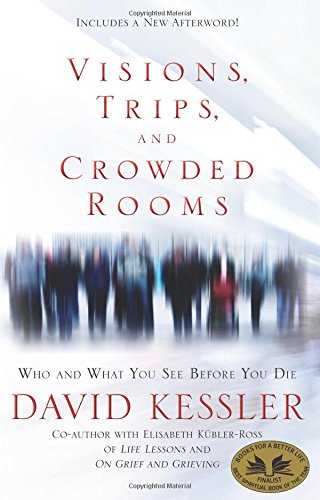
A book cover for Visions, Trips, and Crowded Rooms: Who and What You See Before You Die; David Kessler; Self-Help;